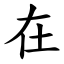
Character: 在